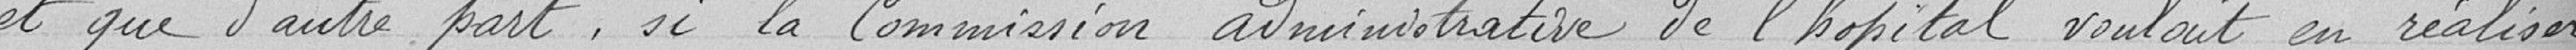
et que d'autre part, si la Commission administrative de l'hôpital voulait en réaliser